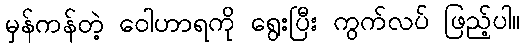
မှန်ကန်တဲ့ ဝေါဟာရကို ရွေးပြီး ကွက်လပ် ဖြည့်ပါ။